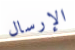
الإرسال